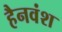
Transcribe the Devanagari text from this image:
हैनवंश